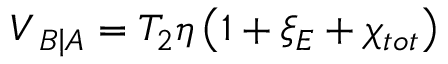
{ { V } _ { \left. B \right| A } } = { { T } _ { 2 } } \eta \left( 1 + { { \xi } _ { E } } + { { \chi } _ { t o t } } \right)